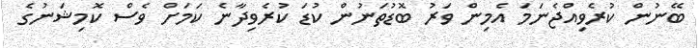
ބޭނުން ކުރެވިއްޖެނަމަ އެމިން ވަރު ބޮޑުތަނުން ކުޑަ ކުރެވިދާނެ ކަމަށް ވެސް ކޮމިޝަނުގެ